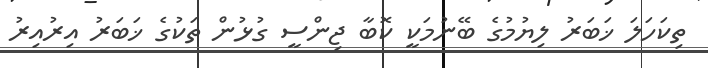
ތިކަހަލަ ޚަބަރު ލިޔުމުގެ ބޭނުމަކީ ކޮބާ ޖިންސީ ގުޅުން ތަކުގެ ޚަބަރު އިރުއިރު